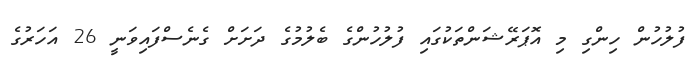
ފުލުހުން ހިންގި މި އޮޕަރޭޝަންތަކުގައި ފުލުހުންގެ ބެލުމުގެ ދަށަށް ގެނެސްފައިވަނީ 26 އަހަރުގެ